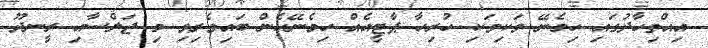
އިއްތިހާދުގައި ހިމެނޭ ވަކިވަކި ހުރިހާ ޕާޓީއެއް ހިމެނޭހެން ބައިވެރިވި މި ޖަލްސާއި ރީނދޫ